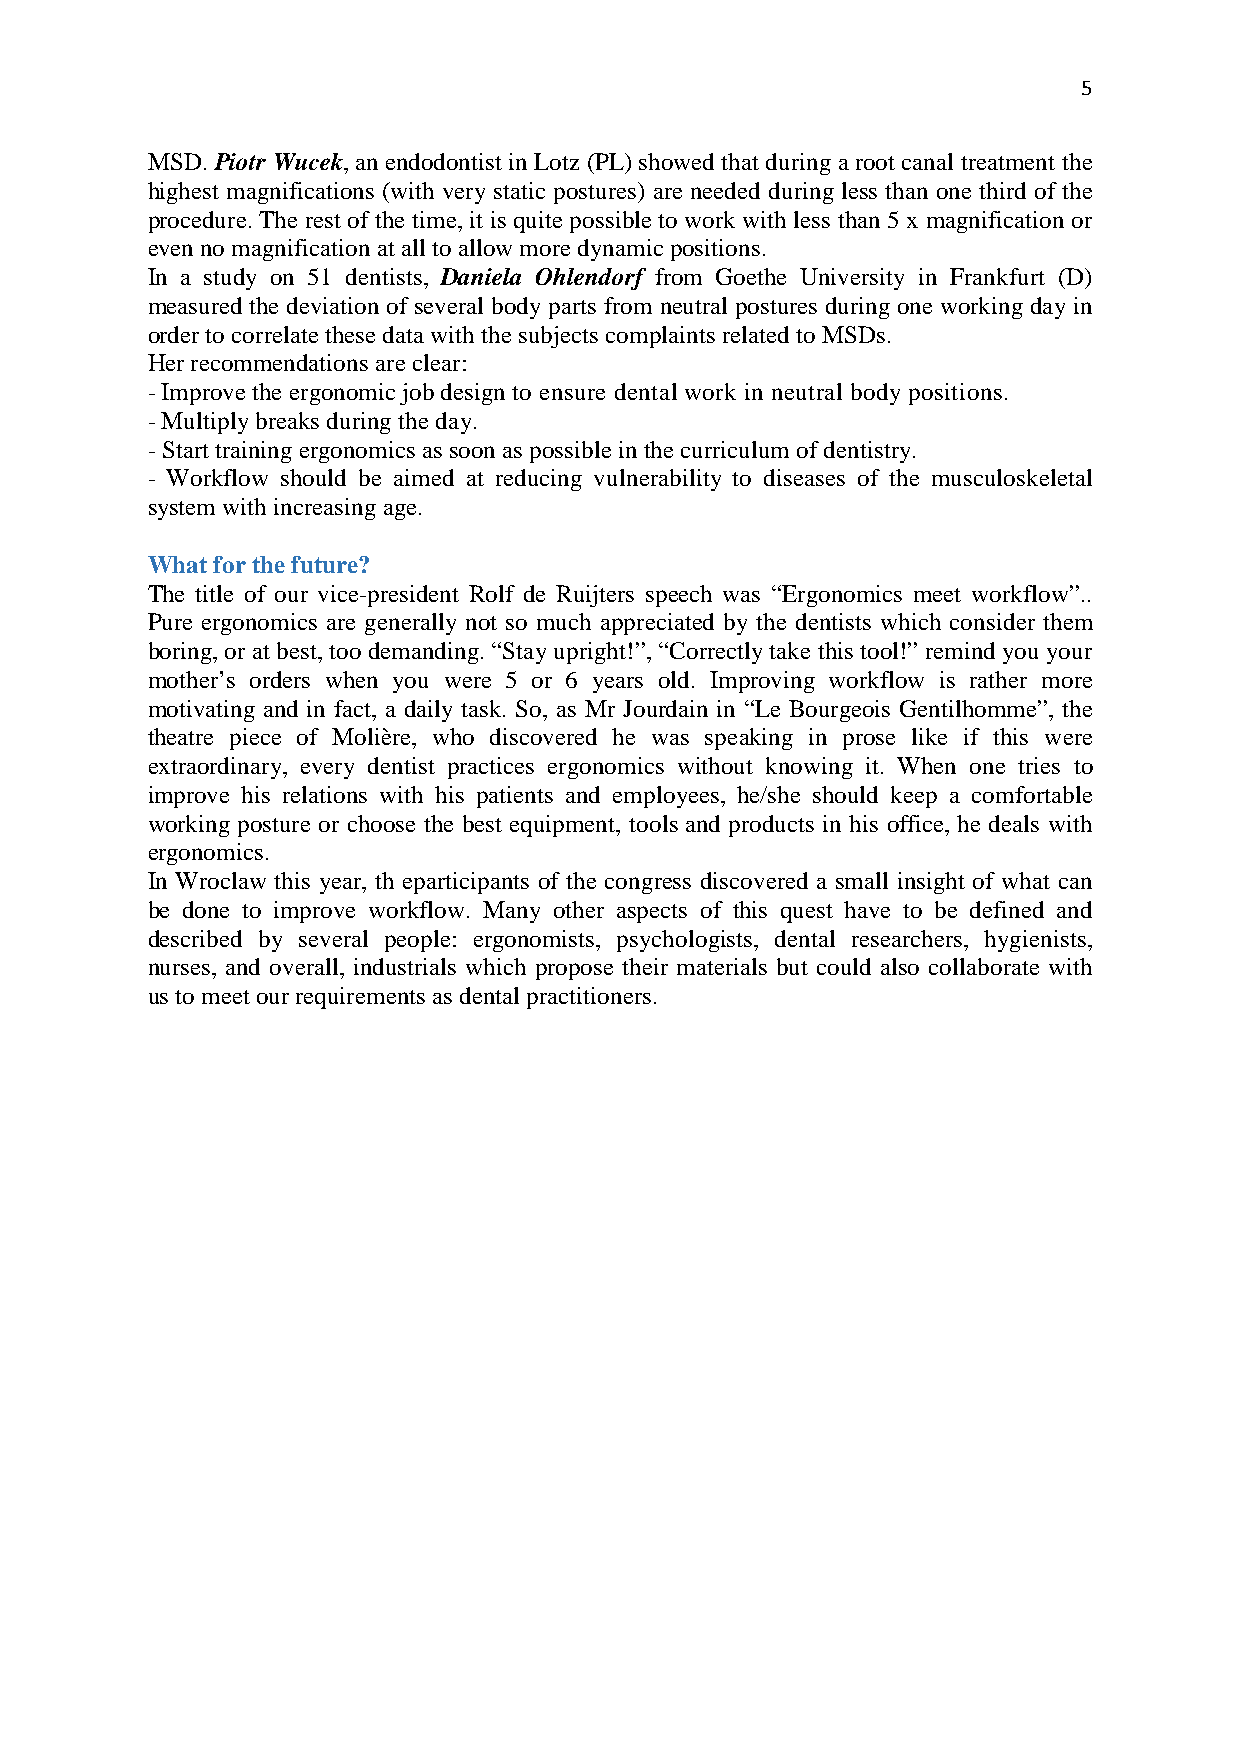
5
 MSD. Piotr Wucek, an endodontist in Lotz (PL) showed that during a root canal treatment the
 highest magnifications (with very static postures) are needed during less than one third of the
 procedure. The rest of the time, it is quite possible to work with less than 5 x magnification or
 even no magnification at all to allow more dynamic positions.
 In a study on 51 dentists, Daniela Ohlendorf from Goethe University in Frankfurt (D)
 measured the deviation of several body parts from neutral postures during one working day in
 order to correlate these data with the subjects complaints related to MSDs.
 Her recommendations are clear:
 - Improve the ergonomic job design to ensure dental work in neutral body positions.
 - Multiply breaks during the day.
 - Start training ergonomics as soon as possible in the curriculum of dentistry.
 - Workflow should be aimed at reducing vulnerability to diseases of the musculoskeletal
 system with increasing age.
 What for the future?
 The title of our vice-president Rolf de Ruijters speech was “Ergonomics meet workflow”..
 Pure ergonomics are generally not so much appreciated by the dentists which consider them
 boring, or at best, too demanding. “Stay upright!”, “Correctly take this tool!” remind you your
 mother’s orders when you were 5 or 6 years old. Improving workflow is rather more
 motivating and in fact, a daily task. So, as Mr Jourdain in “Le Bourgeois Gentilhomme”, the
 theatre piece of Molière, who discovered he was speaking in prose like if this were
 extraordinary, every dentist practices ergonomics without knowing it. When one tries to
 improve his relations with his patients and employees, he/she should keep a comfortable
 working posture or choose the best equipment, tools and products in his office, he deals with
 ergonomics.
 In Wroclaw this year, th eparticipants of the congress discovered a small insight of what can
 be done to improve workflow. Many other aspects of this quest have to be defined and
 described by several people: ergonomists, psychologists, dental researchers, hygienists,
 nurses, and overall, industrials which propose their materials but could also collaborate with
 us to meet our requirements as dental practitioners.